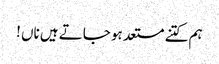
ہم کتنے مستعد ہو جاتے ہیں ناں !